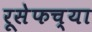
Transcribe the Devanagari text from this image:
रूसेफच्या